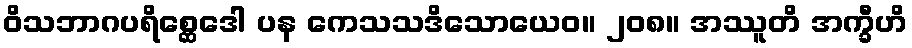
ဝိသဘာဂပရိစ္ဆေဒေါ ပန ကေသသဒိသောယေဝ။ ၂၀၈။ အဿူတိ အက္ခီဟိ